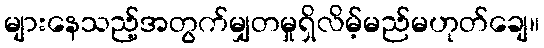
များနေသည့်အတွက်မျှတမှုရှိလိမ့်မည်မဟုတ်ချေ။